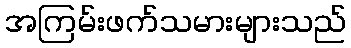
အကြမ်းဖက်သမားများသည်